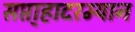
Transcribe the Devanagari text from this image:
सप्ता्हादरम्यान